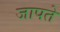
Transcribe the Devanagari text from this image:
जापते